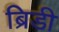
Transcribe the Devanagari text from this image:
ब्रिडी